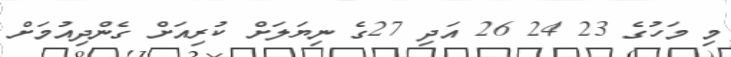
މި މަހުގެ 23 24 26 އަދި 27ގެ ނިޔަލަށް ކުރިއަށް ގެންދިއުމަށް